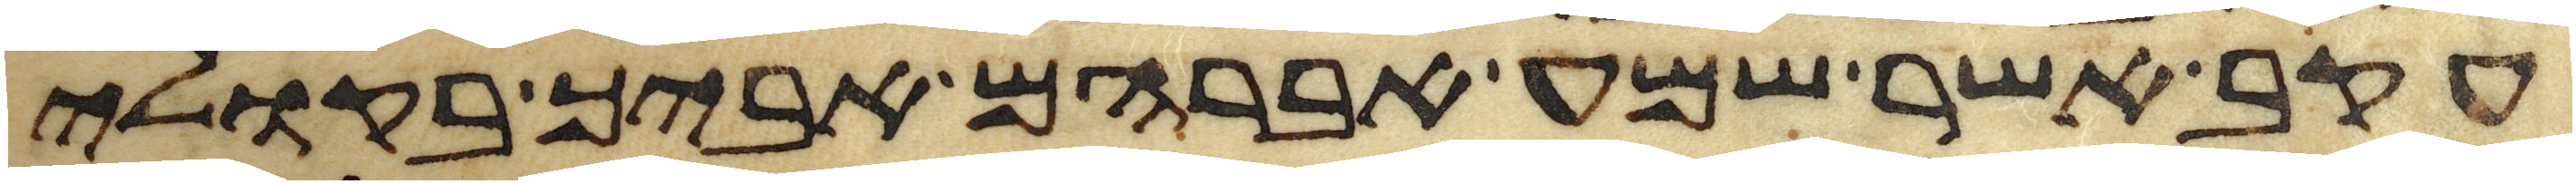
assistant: עקב אשר שמע אברהם אביך בקולי